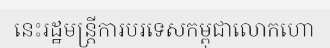
នេះរដ្ឋមន្ត្រីការបរទេសកម្ពុជាលោកហោ